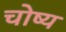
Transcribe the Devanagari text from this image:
चोष्‍य